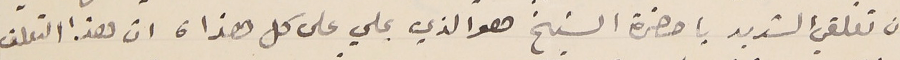
ان تعلقي الشديد يا حضرة الشيخ هو الذي يملي على كل هذا، ان هذا التعلّق